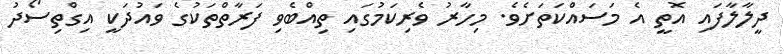
ދީލާލާފައި އޮތީ އެ މަސައްކަތަށެވެ. މިހާރު ވެރިކަމުގައި ތިއްބެވި ފަރާތްތަކުގެ ވައުދަކީ އިގްތިސޯދު